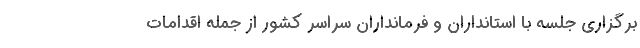
برگزاری جلسه با استانداران و فرمانداران سراسر کشور از جمله اقدامات